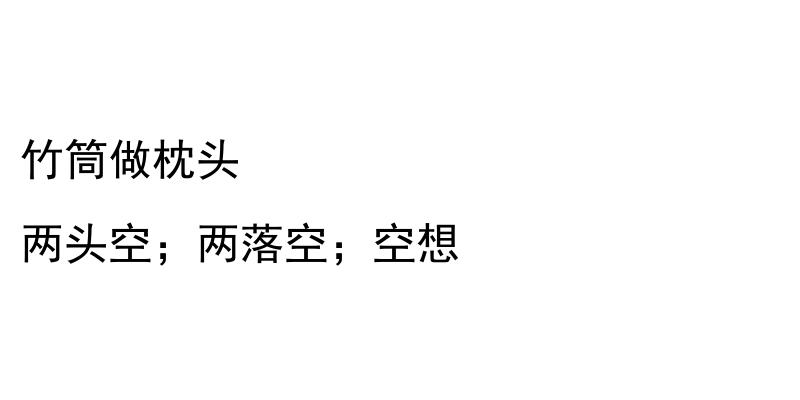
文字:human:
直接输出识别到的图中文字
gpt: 竹筒做枕头 两头空；两落空；空想